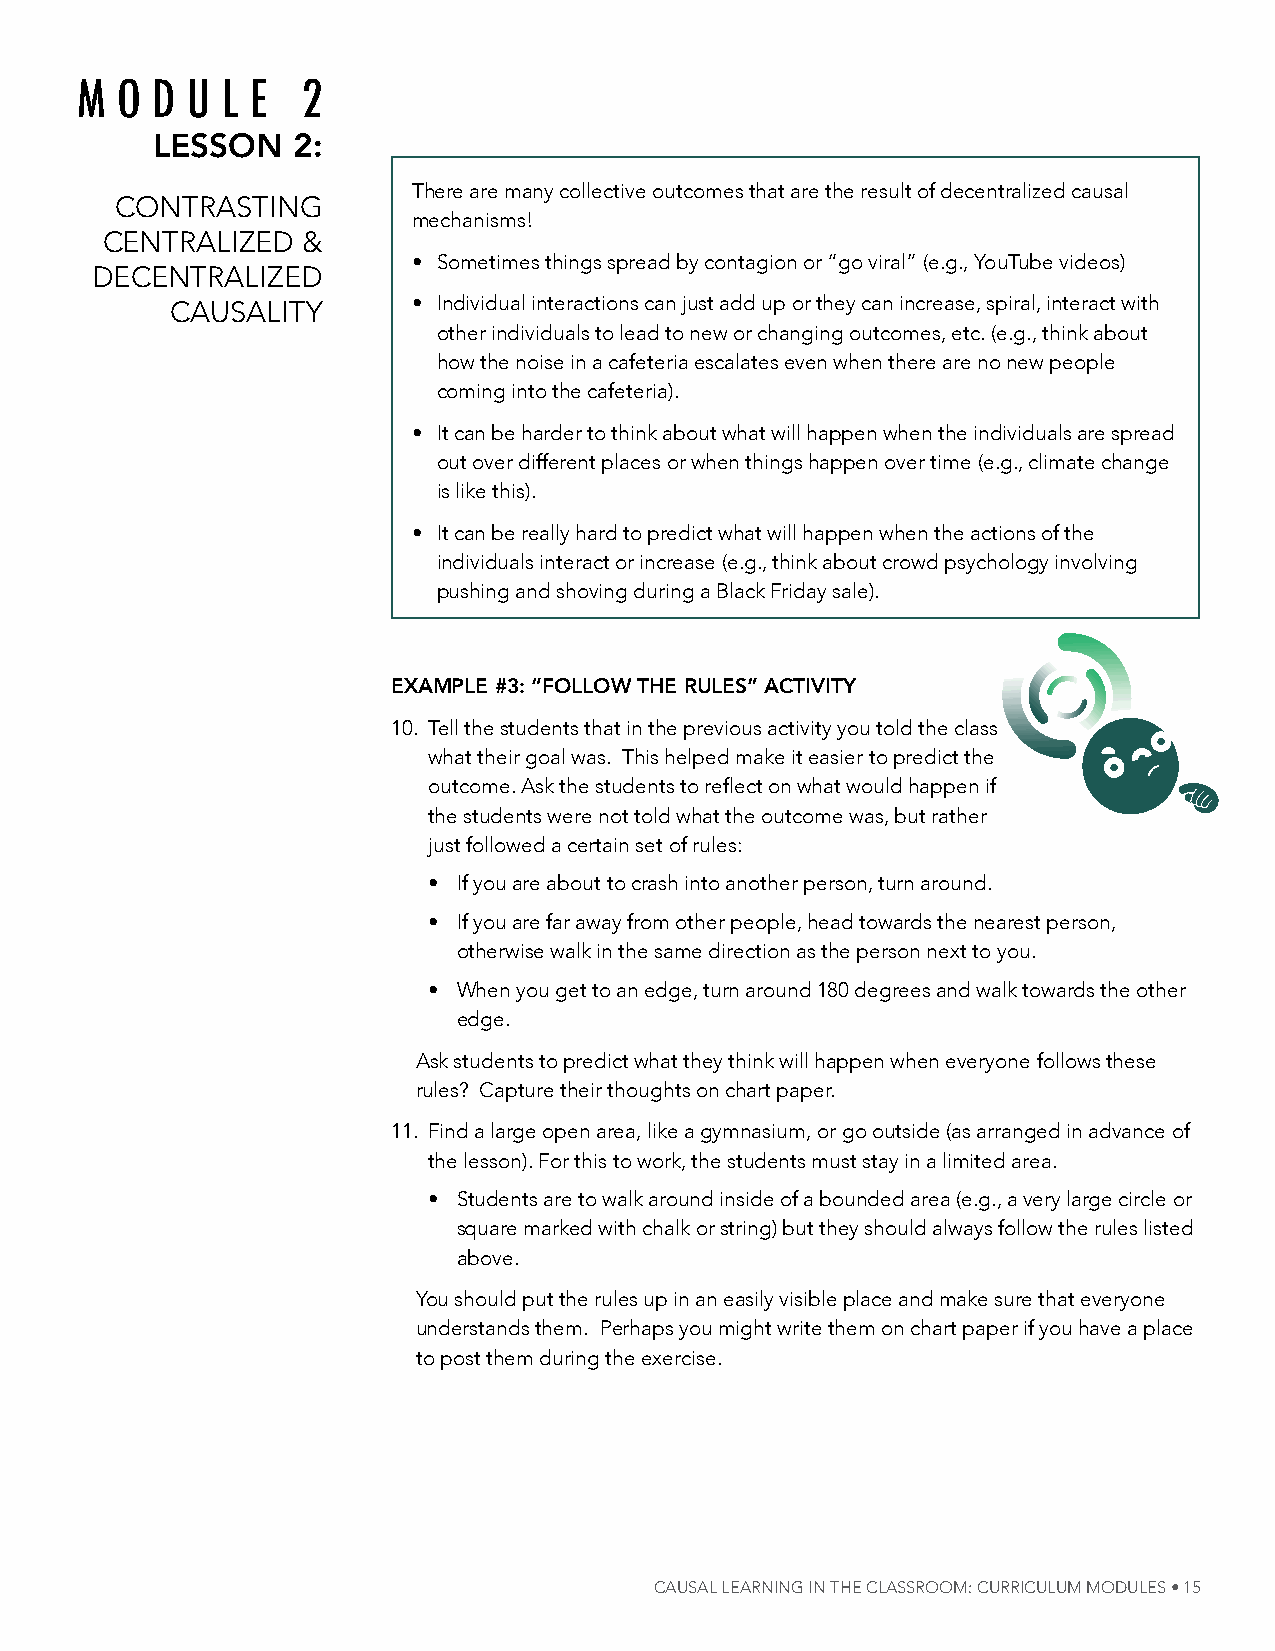
M  O D U  L E  2
 lesson   2:
 there are many collective outcomes that are the result of decentralized causal
 Contrasting
 mechanisms!
 Centralized  &
 • sometimes things spread by contagion or “go viral” (e.g., youtube videos)
 deCentralized
 Causality       • individual interactions can just add up or they can increase, spiral, interact with
 other individuals to lead to new or changing outcomes, etc. (e.g., think about
 how the noise in a cafeteria escalates even when there are no new people
 coming into the cafeteria).
 • it can be harder to think about what will happen when the individuals are spread
 out over different places or when things happen over time (e.g., climate change
 is like this).
 • it can be really hard to predict what will happen when the actions of the
 individuals interact or increase (e.g., think about crowd psychology involving
 pushing and shoving during a Black Friday sale).
 exAmple #3: “Follow the rules” Activity
 10. tell the students that in the previous activity you told the class
 what their goal was. this helped make it easier to predict the
 outcome. Ask the students to reflect on what would happen if
 the students were not told what the outcome was, but rather
 just followed a certain set of rules:
 • if you are about to crash into another person, turn around.
 • if you are far away from other people, head towards the nearest person,
 otherwise walk in the same direction as the person next to you.
 • When you get to an edge, turn around 180 degrees and walk towards the other
 edge.
 ask students to predict what they think will happen when everyone follows these
 rules? Capture their thoughts on chart paper.
 11. Find a large open area, like a gymnasium, or go outside (as arranged in advance of
 the lesson). For this to work, the students must stay in a limited area.
 • students are to walk around inside of a bounded area (e.g., a very large circle or
 square marked with chalk or string) but they should always follow the rules listed
 above.
 you should put the rules up in an easily visible place and make sure that everyone
 understands them. perhaps you might write them on chart paper if you have a place
 to post them during the exercise.
 Causal learning in the Classroom: CurriCulum modules • 15